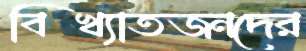
বিখ্যাতজনদের